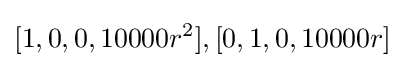
[1,0,0,10000r^{2}],[0,1,0,10000r]